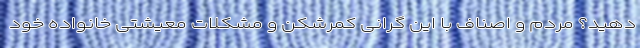
دهید؟ مردم و اصناف با این گرانی کمرشکن و مشکلات معیشتی خانواده خود